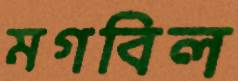
মগবিল